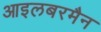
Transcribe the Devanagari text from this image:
आइलबरमैन